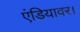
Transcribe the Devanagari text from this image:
एंडियावर।